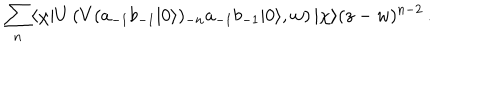
LaTeX: \sum _ { n } \langle \chi | U \left( V ( a _ { - 1 } b _ { - 1 } | 0 \rangle ) _ { - n } a _ { - 1 } b _ { - 1 } | 0 \rangle , w \right) | \chi \rangle ( z - w ) ^ { n - 2 } \, .